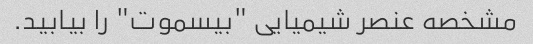
مشخصه عنصر شیمیایی "بیسموت" را بیابید.